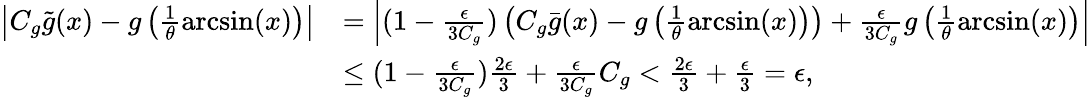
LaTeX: \begin{array}{rl}{\left|C_{g}\tilde{g}(x)-g\left(\frac{1}{\theta}\arcsin(x)\right)\right|}&{=\left|(1-\frac{\epsilon}{3C_{g}})\left(C_{g}\bar{g}(x)-g\left(\frac{1}{\theta}\arcsin(x)\right)\right)+\frac{\epsilon}{3C_{g}}g\left(\frac{1}{\theta}\arcsin(x)\right)\right|}\\ &{\leq(1-\frac{\epsilon}{3C_{g}})\frac{2\epsilon}{3}+\frac{\epsilon}{3C_{g}}C_{g}<\frac{2\epsilon}{3}+\frac{\epsilon}{3}=\epsilon,}\end{array}